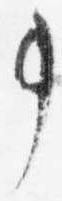
事